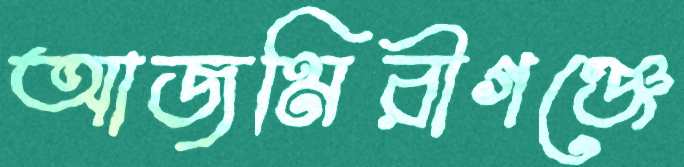
আজমিরীগঞ্জে